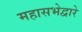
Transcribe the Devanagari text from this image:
महासभेद्वारे